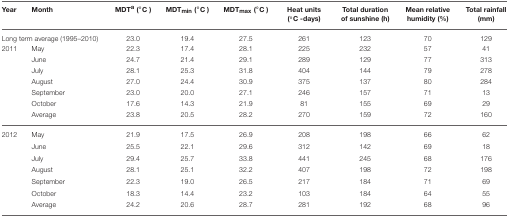
<table><thead><tr><td><b>Year</b></td><td><b>Month</b></td><td><b>MDT<sup>a</sup> (°C)</b></td><td><b>MDT<sub>min</sub> (°C)</b></td><td><b>MDT<sub>max</sub> (°C)</b></td><td><b>Heat units (°C -days)</b></td><td><b>Total duration of sunshine (h)</b></td><td><b>Mean relative humidity (%)</b></td><td><b>Total rainfall (mm)</b></td></tr></thead><tbody><tr><td colspan="2">Long term average (1995–2010)</td><td>23.0</td><td>19.4</td><td>27.5</td><td>261</td><td>123</td><td>70</td><td>129</td></tr><tr><td>2011</td><td>May</td><td>22.3</td><td>17.4</td><td>28.1</td><td>225</td><td>232</td><td>57</td><td>41</td></tr><tr><td></td><td>June</td><td>24.7</td><td>21.4</td><td>29.1</td><td>289</td><td>129</td><td>77</td><td>313</td></tr><tr><td></td><td>July</td><td>28.1</td><td>25.3</td><td>31.8</td><td>404</td><td>144</td><td>79</td><td>278</td></tr><tr><td></td><td>August</td><td>27.0</td><td>24.4</td><td>30.9</td><td>375</td><td>137</td><td>80</td><td>284</td></tr><tr><td></td><td>September</td><td>23.0</td><td>20.0</td><td>27.1</td><td>246</td><td>157</td><td>71</td><td>13</td></tr><tr><td></td><td>October</td><td>17.6</td><td>14.3</td><td>21.9</td><td>81</td><td>155</td><td>69</td><td>29</td></tr><tr><td></td><td>Average</td><td>23.8</td><td>20.5</td><td>28.2</td><td>270</td><td>159</td><td>72</td><td>160</td></tr><tr><td>2012</td><td>May</td><td>21.9</td><td>17.5</td><td>26.9</td><td>208</td><td>198</td><td>66</td><td>62</td></tr><tr><td></td><td>June</td><td>25.5</td><td>22.1</td><td>29.6</td><td>312</td><td>142</td><td>69</td><td>18</td></tr><tr><td></td><td>July</td><td>29.4</td><td>25.7</td><td>33.8</td><td>441</td><td>245</td><td>68</td><td>176</td></tr><tr><td></td><td>August</td><td>28.1</td><td>25.1</td><td>32.2</td><td>407</td><td>198</td><td>72</td><td>198</td></tr><tr><td></td><td>September</td><td>22.3</td><td>19.0</td><td>26.5</td><td>217</td><td>184</td><td>71</td><td>69</td></tr><tr><td></td><td>October</td><td>18.3</td><td>14.4</td><td>23.2</td><td>103</td><td>184</td><td>64</td><td>55</td></tr><tr><td></td><td>Average</td><td>24.2</td><td>20.6</td><td>28.7</td><td>281</td><td>192</td><td>68</td><td>96</td></tr></tbody></table>